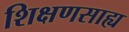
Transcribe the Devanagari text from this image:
शिक्षणसाह्य